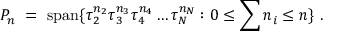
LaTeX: { \cal P } _ { n } \ = \ \mathrm { s p a n } \{ \tau _ { 2 } ^ { n _ { 2 } } \tau _ { 3 } ^ { n _ { 3 } } \tau _ { 4 } ^ { n _ { 4 } } \ldots \tau _ { N } ^ { n _ { N } } : 0 \leq \sum n _ { i } \leq n \} \ .